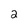
Character: 2